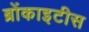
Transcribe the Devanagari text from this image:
ब्रोंकाइटीस